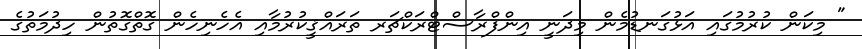
" މިކަން ކުރުމުގައި އަޅުގަނޑުމެން މިދަނީ އިންފްރާސްޓްރަކްޗަރ ތަރައްޤީކުރުމާއި އެހެނިހެން ގޮތްގޮތުން ހިދުމަތުގެ